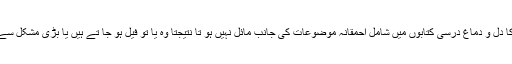
ایسے ذہین افراد کا دل و دماغ درسی کتابوں میں شامل احمقانہ موضوعات کی جانب مائل نہیں ہو تا نتیجتاً وہ یا تو فیل ہو جا تے ہیں یا بڑی مشکل سے پاس ہو تے ہیں۔